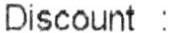
DISCOUNT :